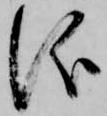
儀